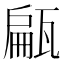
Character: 甂